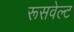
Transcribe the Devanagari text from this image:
रूसवेल्ट